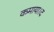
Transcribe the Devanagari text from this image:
कमाया।द